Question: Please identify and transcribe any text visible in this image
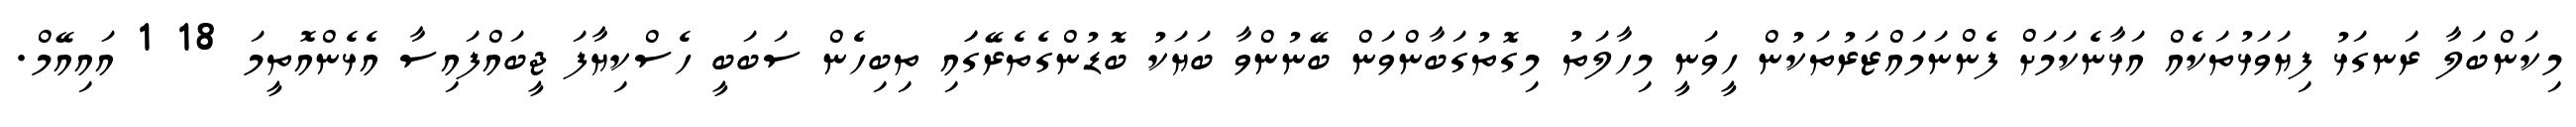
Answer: މިކަންބަލާ ރަނގަޅު ފިޔަވަޅުތަކެއް އަޅާނެކަމަށް ފެންނަމައްޒަރުތަކުން ހީވަނީ މިހާލަތު މިގޮތުގަބާންވަން ބޭނުންވާ ބަޔަކު ބޮޑުންގެތެރޭގަައި ތިބިހެން ސަބަބީ ހެސްކިޔާފަ ޖީބައްފައިސާ އެޅެންއޮތީމަ 18 1 އައިއޭމް.